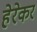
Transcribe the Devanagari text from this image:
हेरेकर